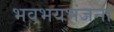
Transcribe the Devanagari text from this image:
भवभयभंजना